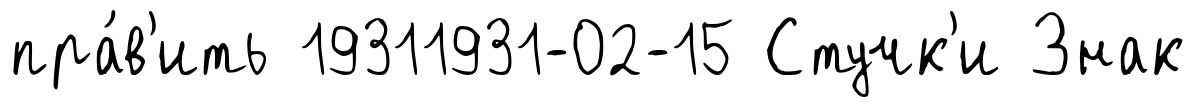
пра́в'ить 19311931-02-15 Стучк'и Знак